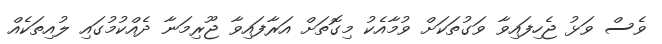
ވެސް ވަޅު ޖެހިފައިވާ ވަގުތަކަށް ވުމާއެކު މިގޮތަށް އަރާފައިވާ ޖޫރިމަނާ ދެއްކުމުގައި ލުއިތަކެއް